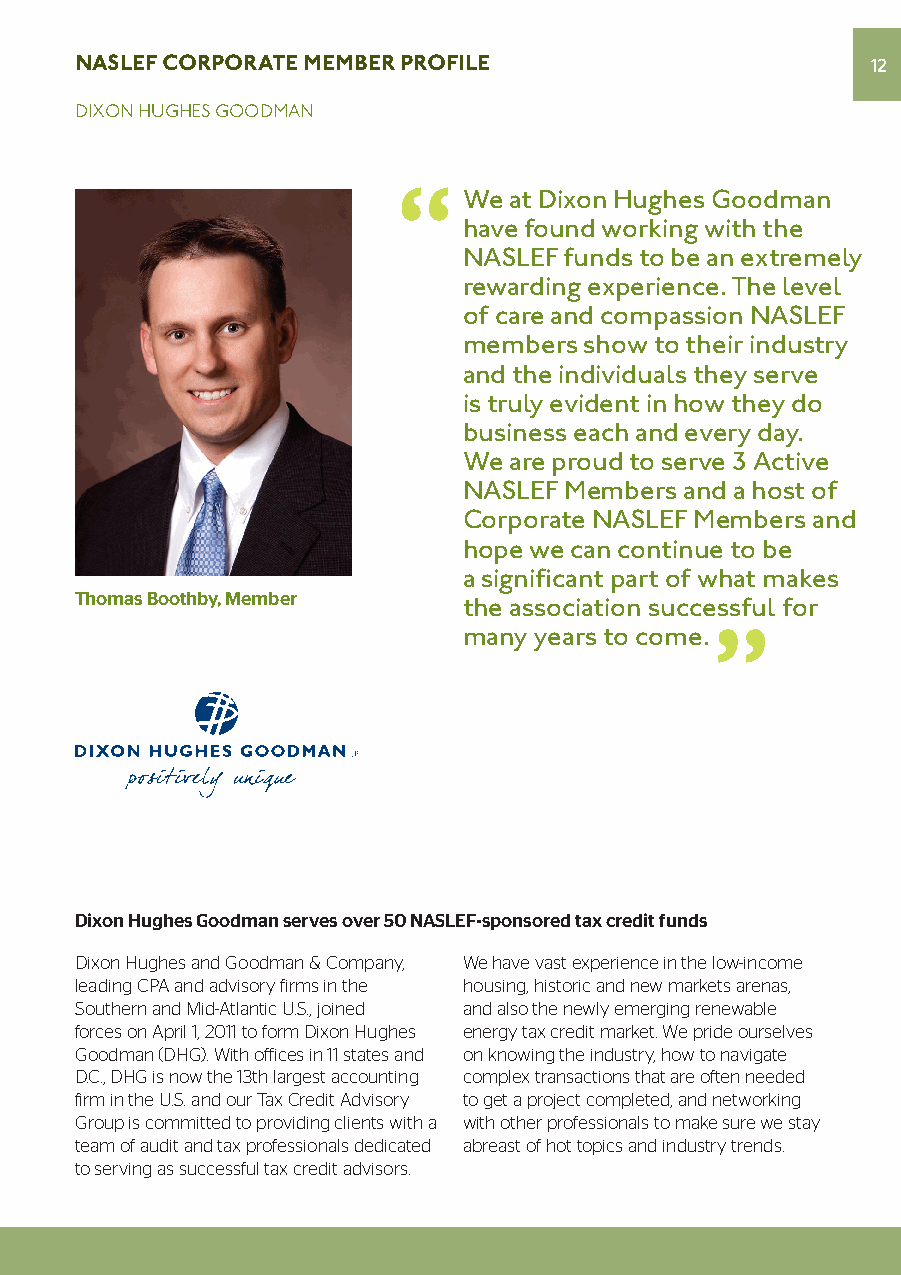
NASLEF CORPORATE MEMBER PROFILE                      12
 DixOn HugHES gOODmAn
 we at Dixon Hughes Goodman
 have found working with the
 NAsLef funds to be an extremely
 rewarding experience. The level
 of care and compassion NAsLef
 members show to their industry
 and the individuals they serve
 is truly evident in how they do
 business each and every day.
 we are proud to serve 3 Active
 NAsLef members and a host of
 Corporate NAsLef members and
 hope we can continue to be
 a significant part of what makes
 Thomas Boothby, Member    the association successful for
 many years to come.
 Dixon Hughes Goodman serves over 50 NASLEF-sponsored tax credit funds
 Dixon Hughes and Goodman & Company, We have vast experience in the low-income
 leading CPA and advisory firms in the housing, historic and new markets arenas,
 Southern and Mid-Atlantic U.S., joined and also the newly emerging renewable
 forces on April 1, 2011 to form Dixon Hughes energy tax credit market. We pride ourselves
 Goodman (DHG). With offices in 11 states and on knowing the industry, how to navigate
 D.C., DHG is now the 13th largest accounting complex transactions that are often needed
 firm in the U.S. and our Tax Credit Advisory to get a project completed, and networking
 Group is committed to providing clients with a with other professionals to make sure we stay
 team of audit and tax professionals dedicated abreast of hot topics and industry trends.
 to serving as successful tax credit advisors.